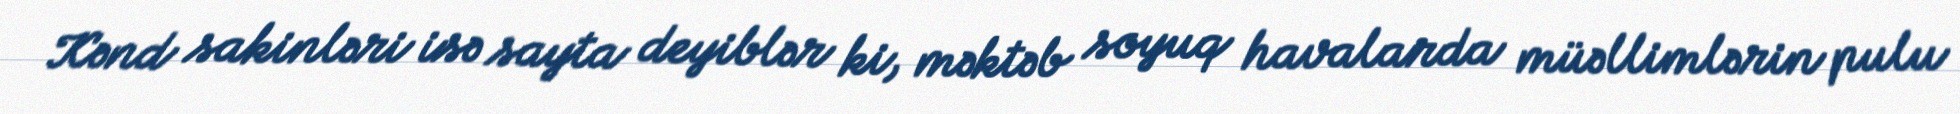
Kənd sakinləri isə sayta deyiblər ki, məktəb soyuq havalarda müəllimlərin pulu